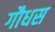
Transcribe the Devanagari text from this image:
गौधस